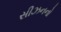
સીઝનનો